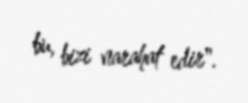
bu, bizi narahat edir".